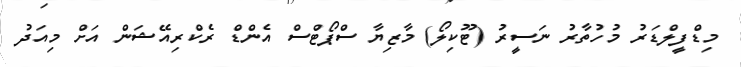
މިޑްފީލްޑަރު މުހުތާރު ނަސީރު (ޓޫކިލޯ) މާޒިޔާ ސްޕޯޓްސް އެންޑް ރެކްރިއޭޝަން އަށް މިއަދު